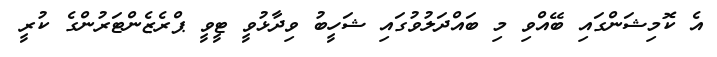
އެ ކޮމިޝަންގައި ބޭއްވި މި ބައްދަލުވުގައި ޝަހީބު ވިދާޅުވީ ޓީވީ ޕްރެޒެންޓަރުންގެ ކުރީ